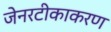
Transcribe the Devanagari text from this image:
जेनरटीकाकरण